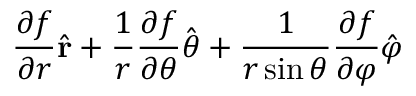
{ \frac { \partial f } { \partial r } } { \hat { \mathbf { r } } } + { \frac { 1 } { r } } { \frac { \partial f } { \partial \theta } } { \hat { \boldsymbol { \theta } } } + { \frac { 1 } { r \sin \theta } } { \frac { \partial f } { \partial \varphi } } { \hat { \boldsymbol { \varphi } } }